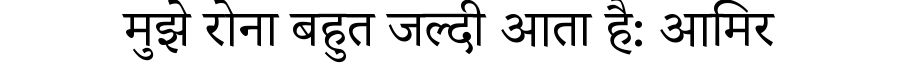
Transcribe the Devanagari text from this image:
मुझे रोना बहुत जल्दी आता है: आमिर